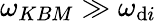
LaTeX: \omega_{KBM}\gg\omega_{\mathrm{d}i}